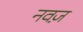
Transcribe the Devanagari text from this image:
नवज़